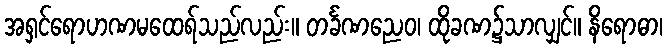
အရှင်ရောဟဏမထေရ်သည်လည်း။ တင်္ခဏညေဝ၊ ထိုခဏ၌သာလျှင်။ နိရောဓာ၊